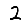
Digit: 2